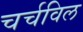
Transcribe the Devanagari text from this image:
चर्चविल